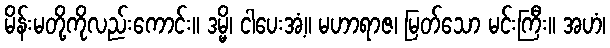
မိန်းမတို့ကိုလည်းကောင်း။ ဒမ္မိ၊ ငါပေးအံ့။ မဟာရာဇ၊ မြတ်သော မင်းကြီး။ အဟံ၊